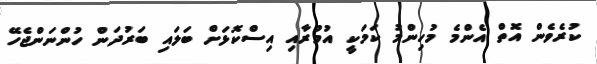
ކުރެވެން އޮތް އެންމެ މުހިންމު ކަމަކީ އުމުރާއި އިސްކޮޅަށް ބަލައި ބަރުދަން ހުންނަންޖެހޭ